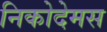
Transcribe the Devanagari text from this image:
निकोदेमस